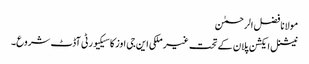
مولانا فضل الرحمٰن
نیشنل ایکشن پلان کے تحت غیر ملکی این جی اوز کا سیکیورٹی آڈٹ شروع۔